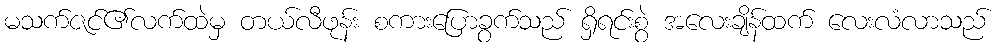
မသက်ဇင်၏လက်ထဲမှ တယ်လီဖုန်း စကားပြောခွက်သည် ရှိရင်းစွဲ အလေးချိန်ထက် လေးလံလာသည်